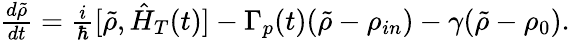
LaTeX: \begin{array}{r}{\frac{d\tilde{\rho}}{dt}=\frac{i}{\hbar}[\tilde{\rho},\hat{H}_{T}(t)]-\Gamma_{p}(t)(\tilde{\rho}-\rho_{in})-\gamma(\tilde{\rho}-\rho_{0}).}\end{array}